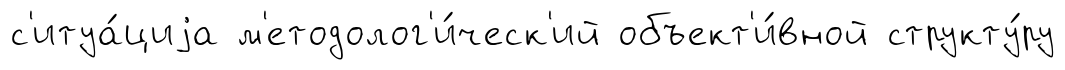
с'итуа́циjа м'етодолог'и́ческ'ий объект'и́вной структу́ру